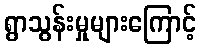
ရွာသွန်းမှုများကြောင့်